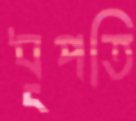
ধূপতি